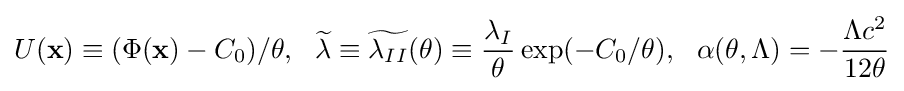
U({\bf {x}})\equiv (\Phi ({\bf {x}})-C_{0})/\theta ,~~{\widetilde {\lambda }}\equiv {\widetilde {\lambda _{II}}}(\theta )\equiv {\frac {\lambda _{I}}{\theta }}\exp(-C_{0}/\theta ),~~\alpha (\theta ,\Lambda )=-{\frac {\Lambda c^{2}}{12\theta }}